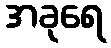
အခုရေ